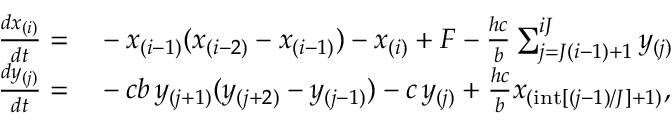
\begin{array} { r l } { \frac { d x _ { ( i ) } } { d t } = } & { { } - x _ { ( i - 1 ) } ( x _ { ( i - 2 ) } - x _ { ( i - 1 ) } ) - x _ { ( i ) } + F - \frac { h c } { b } \sum _ { j = J ( i - 1 ) + 1 } ^ { i J } y _ { ( j ) } } \\ { \frac { d y _ { ( j ) } } { d t } = } & { { } - c b \, y _ { ( j + 1 ) } ( y _ { ( j + 2 ) } - y _ { ( j - 1 ) } ) - c \, y _ { ( j ) } + \frac { h c } { b } x _ { ( \mathrm { i n t } [ ( j - 1 ) / J ] + 1 ) } , } \end{array}